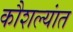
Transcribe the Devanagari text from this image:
कौशल्यांत